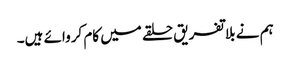
ہم نے بلاتفریق حلقے میں کام کروائے ہیں۔